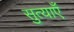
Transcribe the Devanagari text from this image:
सुत्याएँ